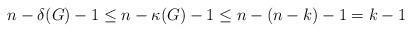
LaTeX: \begin{align*} n - \delta(G) - 1 \leq n - \kappa(G) - 1 \leq n - (n-k) - 1 = k - 1 \end{align*}